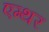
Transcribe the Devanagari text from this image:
एम्थर